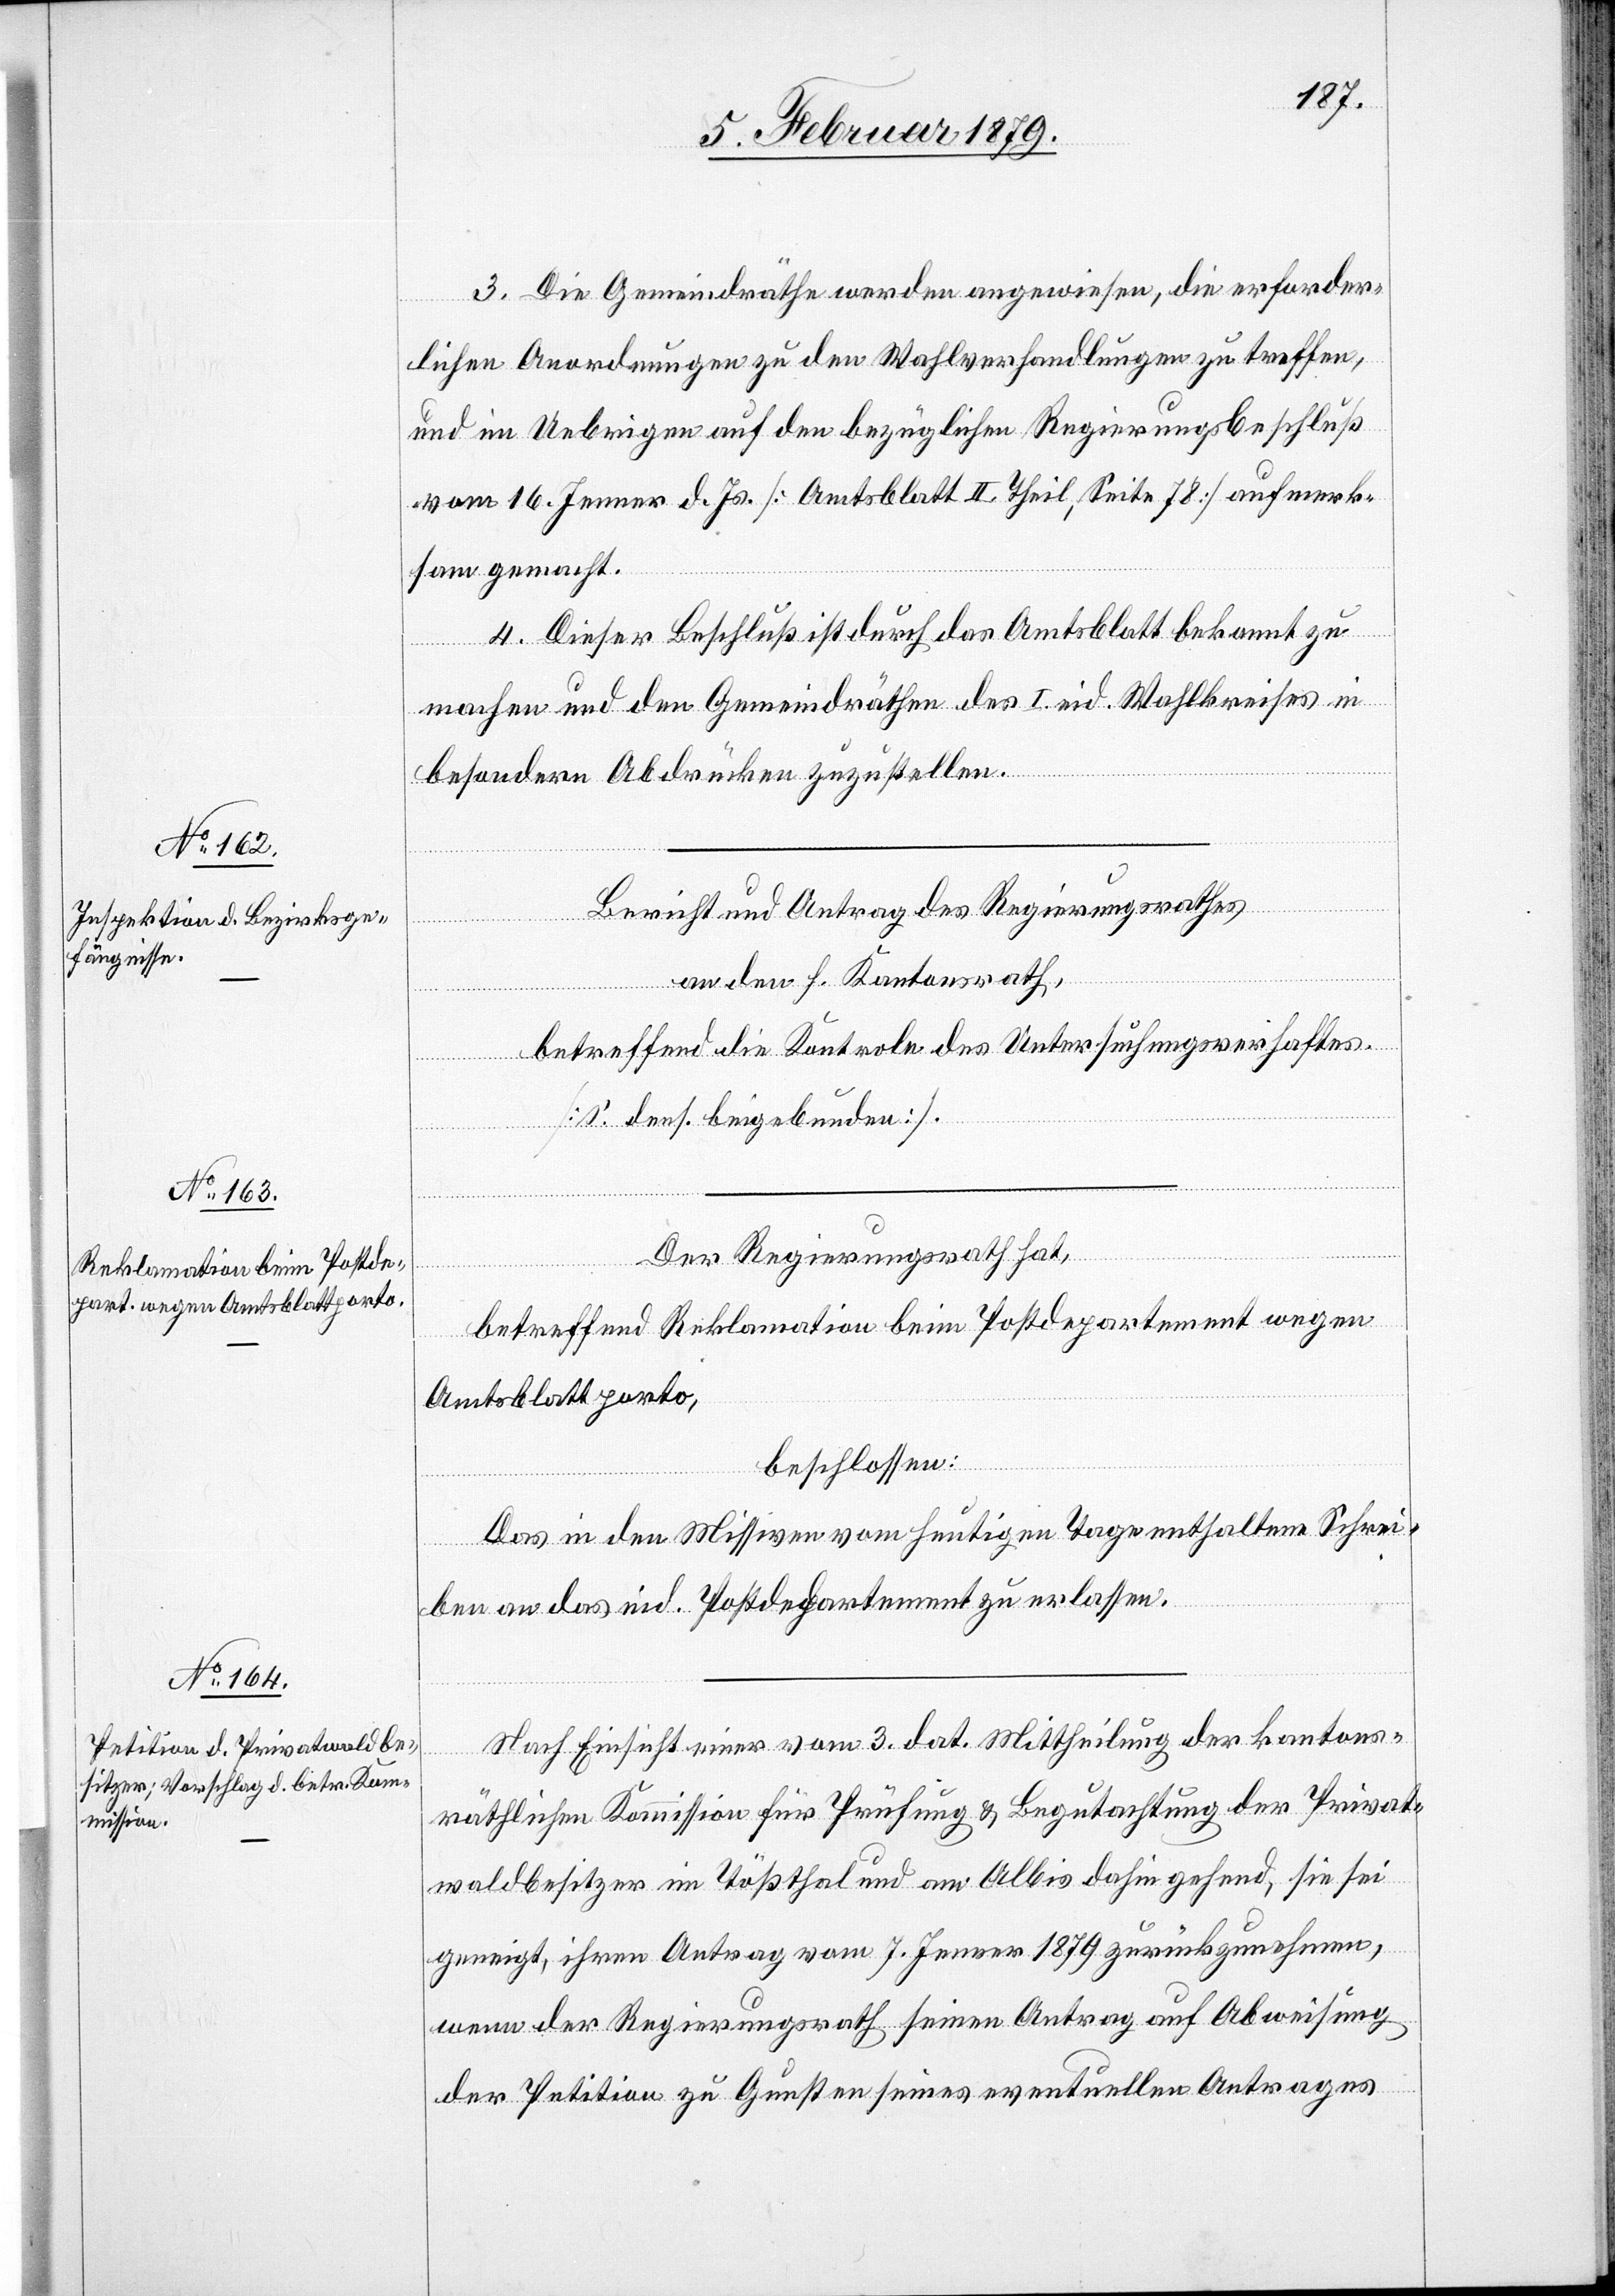
3. Die Gemeindräthe werden angewiesen, die erforder¬
lichen Anordnungen zu den Wahlverhandlungen zu treffen,
und im Uebrigen auf den bezüglichen Regierungsbeschluß
vom 16. Jenner d. Js. [Amtsblatt II. Theil, Seite 78] aufmerk¬
sam gemacht.
4. Dieser Beschluß ist durch das Amtsblatt bekannt zu
machen und den Gemeindräthen des I. eid. Wahlkreises in
besondern Abdrücken zuzustellen.
Bericht und Antrag des Regierungsrathes
an den h. Kantonsrath,
betreffend die Kontrole des Untersuchungsverhaftes.
[s. dens. beigebunden].
Der Regierungsrath hat,
betreffend Reklamation beim Postdepartement wegen
Amtsblattporto,
beschlossen:
Das in den Missiven vom heutigen Tage enthaltene Schrei¬
ben an das eid. Postdepartement zu erlassen.
Nach Einsicht einer vom 3. dat. Mittheilung der kantons¬
räthlichen Kommission für Prüfung & Begutachtung der Privat¬
waldbesitzer im Tößthal und am Albis dahin gehend, sie sei
geneigt, ihren Antrag vom 7. Jenner 1879 zurückzunehmen,
wenn der Regierungsrath seinen Antrag auf Abweisung
der Petition zu Gunsten seines eventuellen Antrages